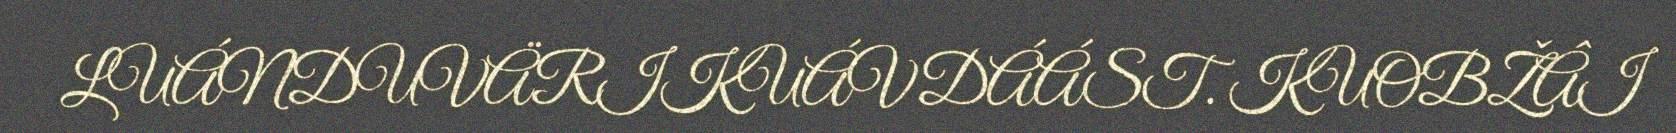
LUÁNDUVÄRIKUÁVDÁÁST. KUOBŽÂI